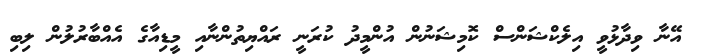
އޭނާ ވިދާޅުވީ އިލެކްޝަންސް ކޮމިޝަނުން އުންމީދު ކުރަނީ ރައްޔިތުންނާއި މީޑިއާގެ އެއްބާރުލުން ލިބި